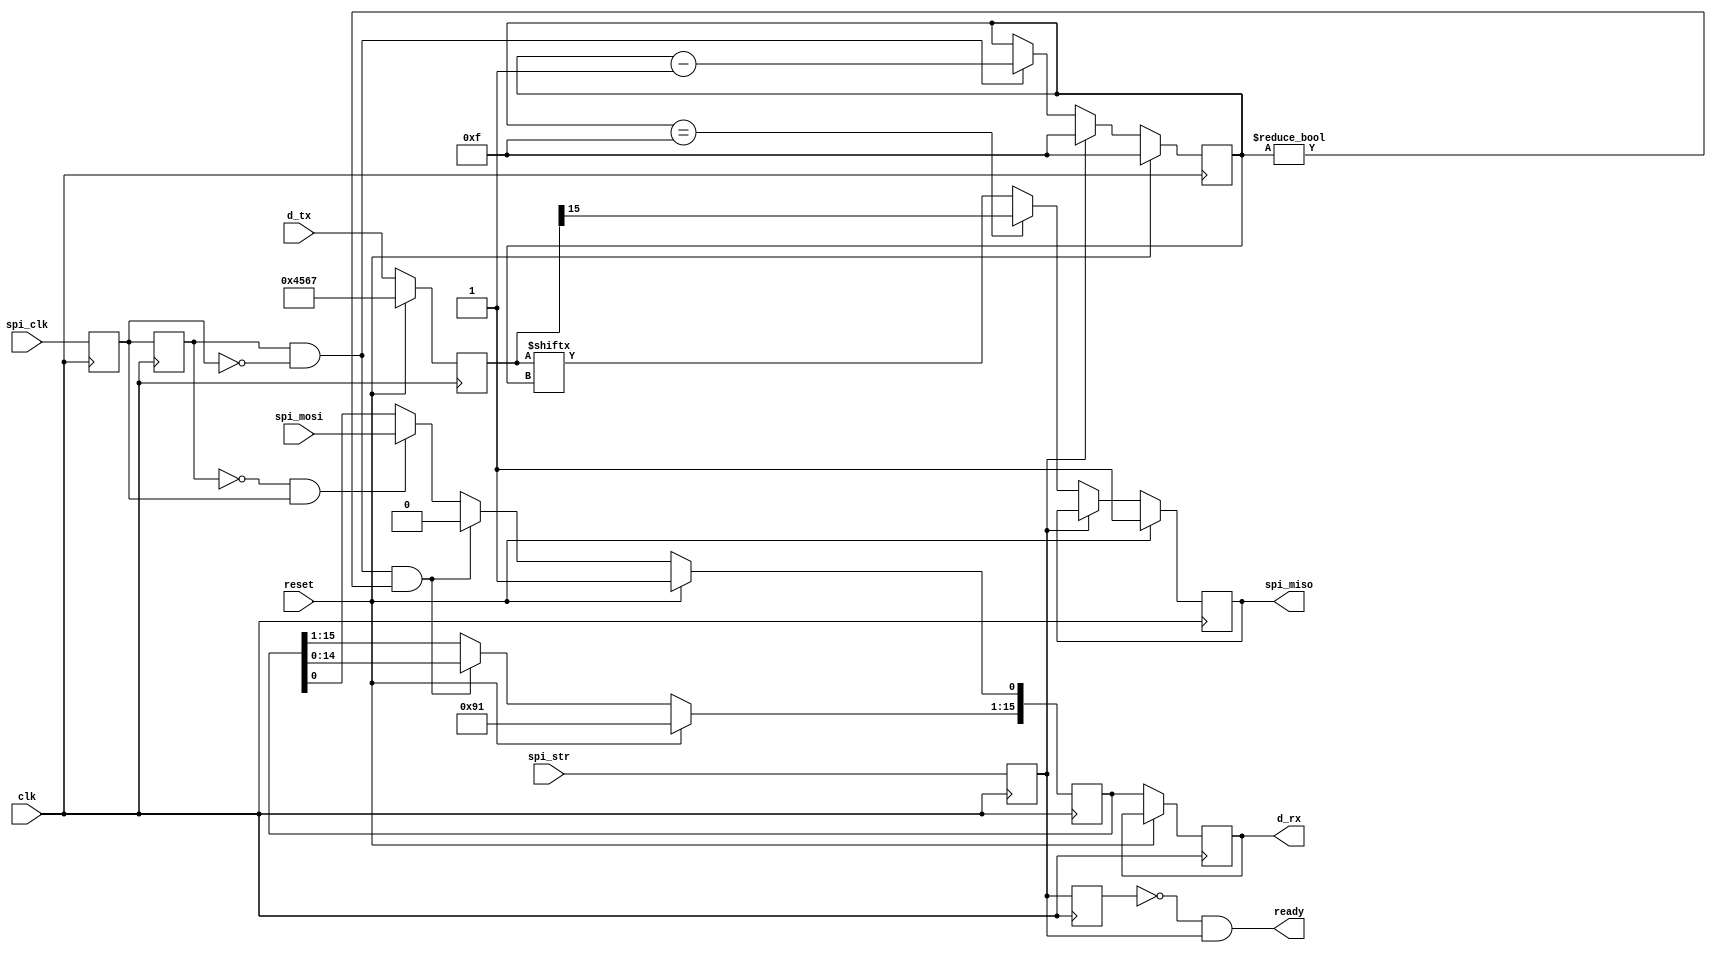
`timescale 1ns / 1ps
//////////////////////////////////////////////////////////////////////////////////
// Company: NIIR
//
// Design Name:
// Module Name:    spi_slave
// Project Name:
// Target Devices:
// Tool versions:
// Description:
//
// Dependencies:
//
// Revision:
// Revision 0.01 - File Created
// Additional Comments:
//
//////////////////////////////////////////////////////////////////////////////////

module spi_slave (
	input wire spi_clk,
	input wire spi_mosi,
	output reg spi_miso = 1,
	input wire spi_str,

	output reg [15:0] d_rx = 16'hFEA2,		//    SPI
	input wire [15:0] d_tx,				//    SPI

	output wire ready,
	input wire reset,
	input wire clk
);

reg [15:0] Temp_RX = 16'h8912 ;		//   
reg [15:0] Temp_TX = 16'h5678 ;		//   
reg [3:0] i = 4'hf;

reg clk_1MHz = 0;
reg str_latch = 0;
reg flag_ready;
reg prev_posdg;
wire back_edge;
wire front_edge;

always @(posedge clk) begin		//   
	clk_1MHz <= spi_clk ;
	str_latch <= spi_str;
	prev_posdg <= clk_1MHz;
	flag_ready <= str_latch;
end

assign back_edge = prev_posdg & ~clk_1MHz;
assign front_edge = ~prev_posdg & clk_1MHz;
assign ready = ~flag_ready & str_latch;
//-=-=-=-=-=-=-=-=-=-=-=-=-=-=-=-=-=-=-=-=-=-=-=-=-=-=-=-=-=-=-=-=-=-=-=-=-=-=-=-=-=-=-=-=-=-=-=-=-
	always @(negedge clk) begin
		if (reset) begin
			i <= 4'hF;
			spi_miso <= 1 ;
			Temp_RX <= 16'h0123 ;
			Temp_TX <= 16'h4567 ;
		end
		else begin

			//<RX line RX line RX line RX line RX line>

			if (front_edge == 1)
				Temp_RX[0] <= spi_mosi ;

			if ((back_edge == 1) && (i != 0 ) )
				Temp_RX <= Temp_RX << 1 ;

			// if (ready == 1 )
				d_rx <= Temp_RX;

			//<TX line TX line TX line TX line TX line>

			Temp_TX <= d_tx ;	//  ,       

			if (str_latch == 1)
				i <= 4'hF ;
			else begin
				if (i==4'hF)
					spi_miso <= Temp_TX[15] ;
				else
					spi_miso <= Temp_TX[i] ;

				if (back_edge == 1)
					i <= i-1'b1 ;
			end


		end
	end

endmodule